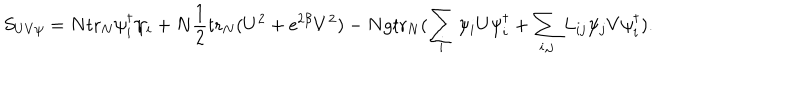
LaTeX: S _ { U V \psi } = N \mathrm { t r } _ { N } \psi _ { i } ^ { \dagger } \psi _ { i } + N \frac { 1 } { 2 } \mathrm { t r } _ { N } ( U ^ { 2 } + \mathrm { e } ^ { 2 \beta } V ^ { 2 } ) - N g \mathrm { t r } _ { N } ( \sum _ { i } \psi _ { i } U \psi _ { i } ^ { \dagger } + \sum _ { i , j } L _ { i j } \psi _ { j } V \psi _ { i } ^ { \dagger } ) .